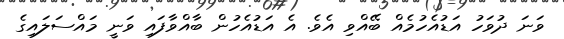
ވަނަ ދުވަހު އަޑުއެހުމެއް ބޭއްވި އެވެ. އެ އަޑުއެހުން ބާއްވާފައި ވަނީ މައްސަލައިގެ